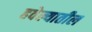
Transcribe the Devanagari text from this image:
हवेल्यातील